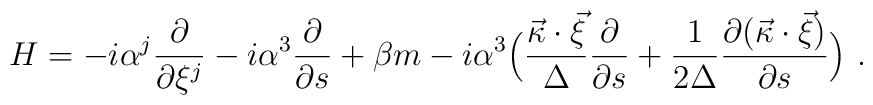
H=-i {\alpha}^j \frac{\partial}{\partial \xi^j} -i {\alpha}^3        \frac{\partial}{\partial s} + \beta m - i {\alpha}^3 \Bigl(        \frac{\vec{\kappa}\cdot        \vec{\xi}}{\Delta}\frac{\partial}{\partial s} + \frac{1}{2        \Delta} \frac{\partial (\vec{\kappa}\cdot        \vec{\xi})}{\partial s} \Bigr)\ .